Senior Leaving Certificate Examination (including Day School Certificate (Higher) General paper), 1950
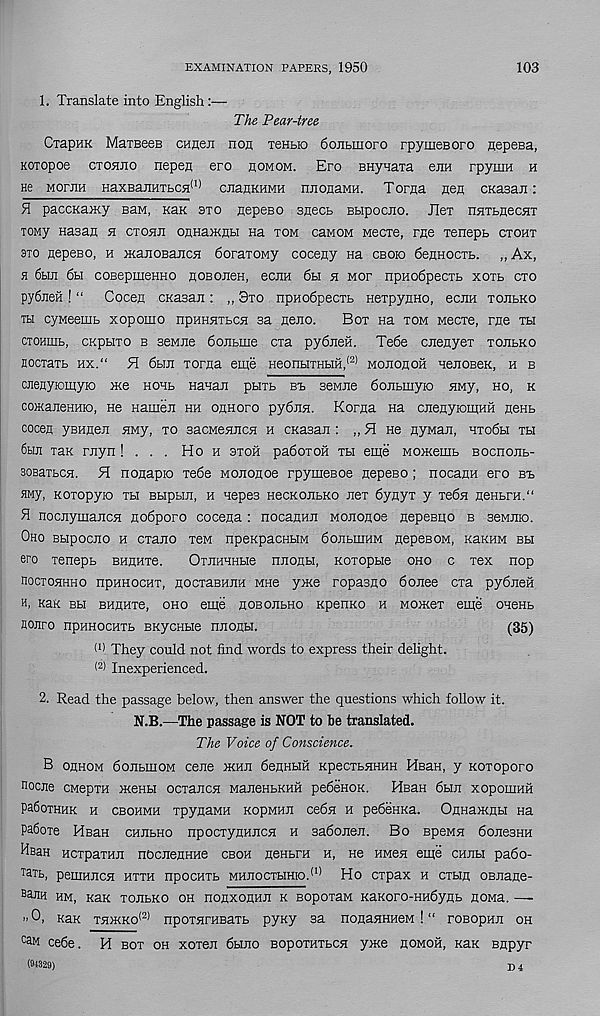
EXAMINATION PAPERS, 1950
103
1. Translate into English:—
The Pear-tree
OrapHK MaTBees cnneji non Tenbio 6ojibmoro rpymeBoro nepesa,
Koiopoe ctohjio nepefl ero homom. Ero BHynaxa enn rpymH h
He mopjih HaxBajiHTbCH^1^ cjiaHKHMH mionaMH. Toraa nen cKasan:
paccKaxcy BaM, naK axo pepeBO specb Bbipocno. Jlex n^TbuecHi
TOMy Hasan h ctohji onnaiKUbi na tom caMOM Mecxe, me xenepb ctoht
3to nepeBO, h HcanosaJiCH OoraxoMy coceny na cboio OennocTb. „Ax,
h 6bm 6bi coBepmeHHO hobojibh, eciiH 6bi h mop npHoOpecxb xoxb cxo
py6neH ! “ Cocen cKasan : „ Sxo npHoOpecxb HexpyiiHo, ecsm tojibko
tm cyMeemb xopomo npHHHTbCH sa neno.
Box na tom Mecxe, me tbi
cxoHinb, cKpbixo b seMiie 6ojibme cxa pyOneii. Te6e cnenyex tojibko
HocxaTb hx.“ H 6bm xoraa eme HeonbixHbiH, {2) mojiohoh nenoBeK, h b
ciienyiomyio xce hchb Hanan pbixb bx. seMiie Oojibmyio HMy, ho, k
cojKaneHHio, He Hamen hh oahopo pyOnn. Korna na cnenyiomHH nenb
cocen yBHnen HMy, to BacMeniicH h cKasan : ,, 51 He HyMan, htoObi th
6bui Tax rjiyn ! . . . Ho h stoh paSoTOH th eme MO>Kemb Bocnonb-
soBaxbCH. H nonapio Te6e Mononoe rpymeBoe nepeso; nocami ero bx>
HMy, xoTopyio Tbi Bbipbin, h Hepes HecKoiibKo neT 6ynyT y TeOn neKbra."
H nocjiymajicH no6poro cocena: nocannn Mononoe nepeBiio b seMino.
Oho Bbipocno h CTano tbm npexpacHbiM OonbinHM nepesoM, KaxHM bh
ero xenepb bhuhtb.
OxiiHHHbie nnonbi, KOTOpue oho c Tex nop
nocxoHHHO npHHOGHT, HOCTaBHJM MHe yxce ropasno donee era pyOnen
h, Kax bh BHiiHTe, oho eine flOBOiibHo xpenKO h MOixeT eme OHeHb
Bojipo npHHOGHTb BKycHbie nnopbi.
(35)
(1) They could not find words to express their delight.
(2) Inexperienced.
2. Read the passage below, then answer the questions which follow it.
N.B.—The passage is NOT to be translated.
The Voice of Conscience.
B ohhom dojibmoM cene xchji 6enHbiH xpecTbHHHH HeaH, y xoToporo
nocne CMepTH menbi ocTancn ManeHbKHH pedenoK. HsaH 6bm xopouiHH
PaSoxHHK h cbohmh TpynaMH KopMHJi cedji h pedeHKa. OiiHajKflbi Ha
padoxe HBan chubho npocTynHJicH h aadoneji. Bo BpeMn donesHH
^BaH HCTparan nocnenHHe cboh nenbPH h, ne hmoh eme chjih pa6o-
Ta Tb, pemHJICH HTTH npOCHTb MHJIOCTbIHIO. (1) Ho CTpaX H CTblfl OBJiane-
saiiH hm, Kax ToiibKO oh nonxonHii k BopopaM KaKoro-HHdynb noMa. —-
”0, Kax th>xxo (2) npoTHPHBaTb pyxy sa nonanHHeM ! “ roBopnii oh
c aM cede. H bot oh xoren dbino BopoTHTbcn y>xe homoh, xax snpyp
(94329)
X) i